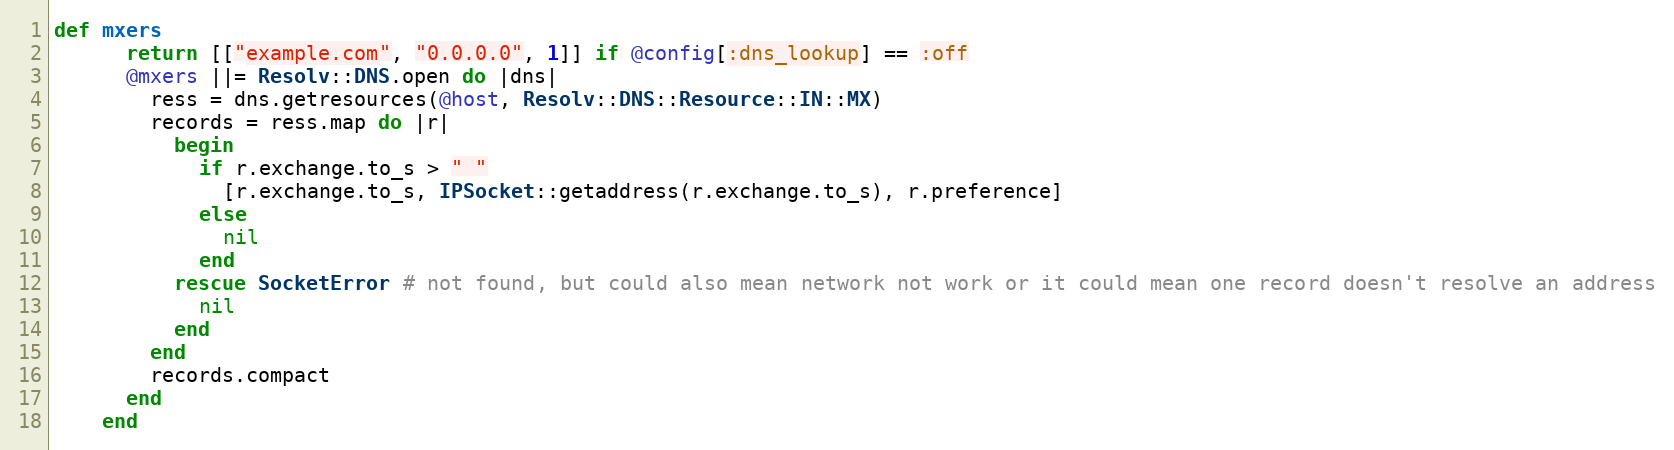
Language: Ruby
def mxers
      return [["example.com", "0.0.0.0", 1]] if @config[:dns_lookup] == :off
      @mxers ||= Resolv::DNS.open do |dns|
        ress = dns.getresources(@host, Resolv::DNS::Resource::IN::MX)
        records = ress.map do |r|
          begin
            if r.exchange.to_s > " "
              [r.exchange.to_s, IPSocket::getaddress(r.exchange.to_s), r.preference]
            else
              nil
            end
          rescue SocketError # not found, but could also mean network not work or it could mean one record doesn't resolve an address
            nil
          end
        end
        records.compact
      end
    end